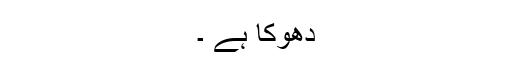
دھوکا ہے ۔